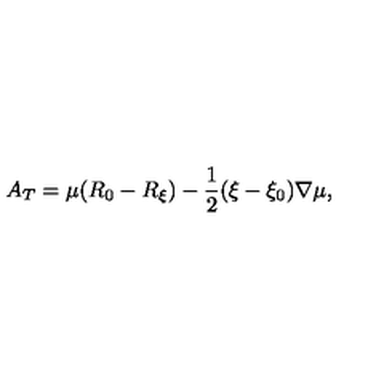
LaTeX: A _ { T } = \mu ( R _ { 0 } - R _ { \xi } ) - \frac { 1 } { 2 } ( \xi - \xi _ { 0 } ) \nabla \mu ,